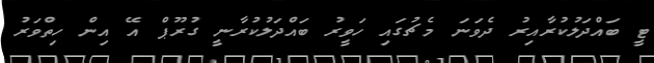
ޓީ ބައްދަލުކުރާއިރު ދެވަނަ މެޗުގައި ހަވީރު ބައްދަލުކުރާނީ ގުރޫޕް އޭ އިން ހިތްވަރު